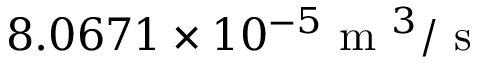
8 . 0 6 7 1 \times 1 0 ^ { - 5 } \mathrm { ~ m ~ } ^ { 3 } / \mathrm { ~ s ~ }